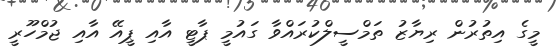
މީގެ އިތުރުން ރިޔާޒު ތަމްސީލްކުރައްވާ ގައުމީ ޕާޓީ އާއި ޕީއޭ އާއި ޖުމްހޫރީ